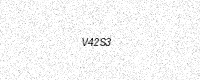
Text: V42S3